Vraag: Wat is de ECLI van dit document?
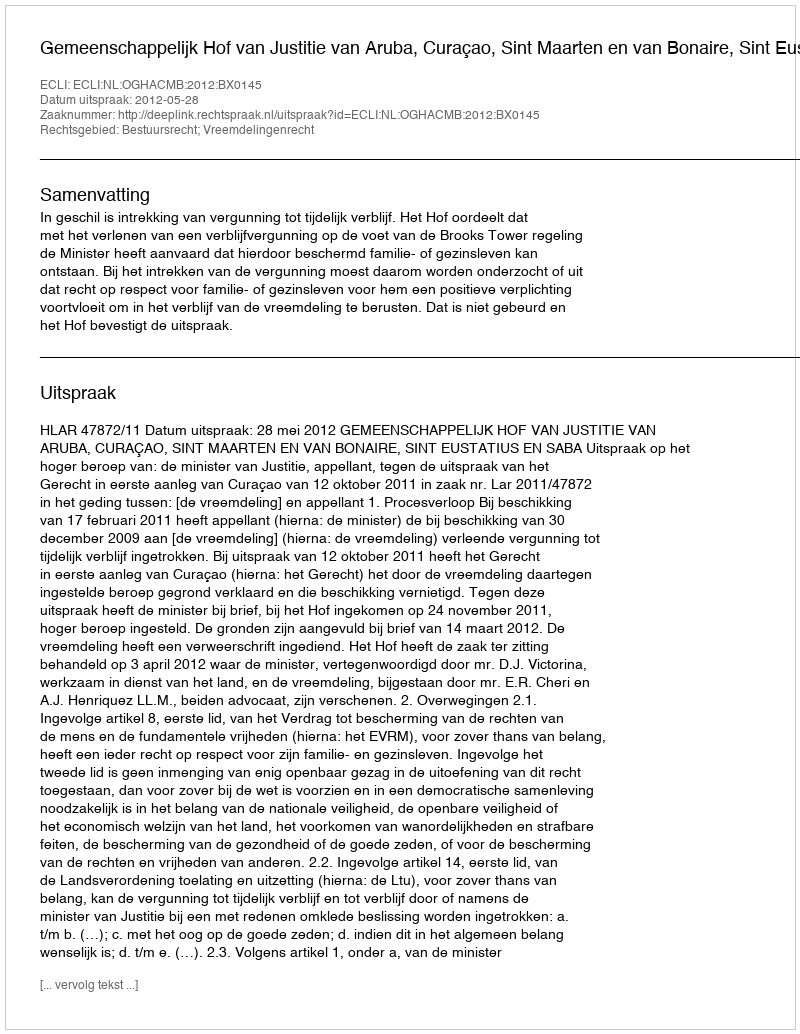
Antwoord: ECLI:NL:OGHACMB:2012:BX0145